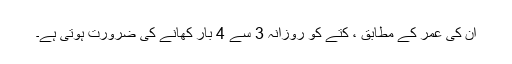
ان کی عمر کے مطابق ، کتے کو روزانہ 3 سے 4 بار کھانے کی ضرورت ہوتی ہے۔